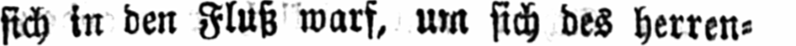
sich in den Fluß warf, um sich des herren⸗